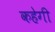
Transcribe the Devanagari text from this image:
कहेगी